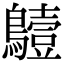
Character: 𪆖